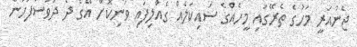
ޖެނުއަރީ މަހުގެ ތެރޭގައި މީހެއްގެ ސައިކަލެއް ގެއްލިފައި ވަނިކޮށް އޭގެ ދެ ދުވަސްފަހުން